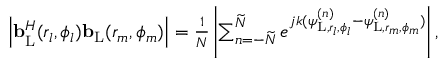
\begin{array} { r } { \left| { \bf { b } } _ { \mathrm { { L } } } ^ { H } ( r _ { l } , \phi _ { l } ) { \bf { b } } _ { \mathrm { L } } ( r _ { m } , \phi _ { m } ) \right| = \frac { 1 } { N } \left| \sum _ { n = - \widetilde { N } } ^ { \widetilde { N } } e ^ { j k ( \psi _ { \mathrm { { L } } , r _ { l } , \phi _ { l } } ^ { ( n ) } - \psi _ { { \mathrm { L } } , r _ { m } , \phi _ { m } } ^ { ( n ) } ) } \right| , } \end{array}